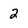
Character: 2